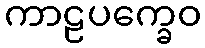
ကာဠပက္ခေဝ